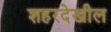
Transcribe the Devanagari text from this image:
शहरदेखील